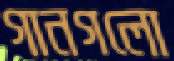
গানগলো